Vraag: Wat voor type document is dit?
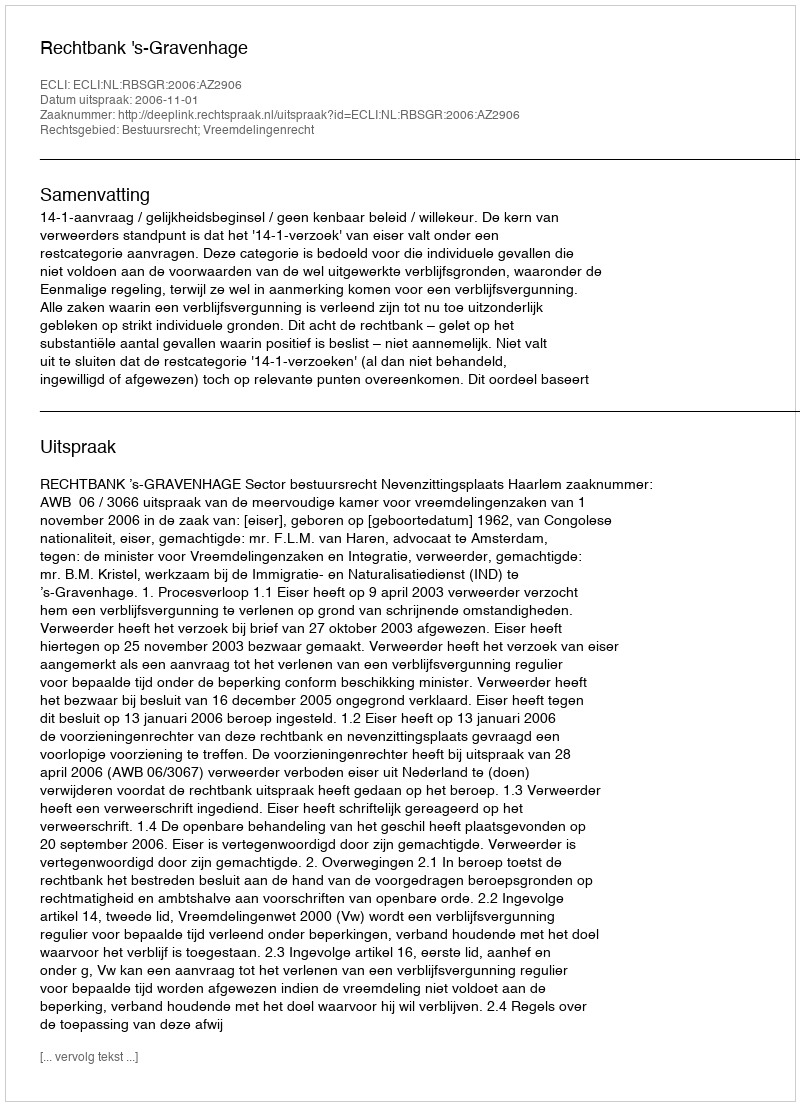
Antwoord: Uitspraak